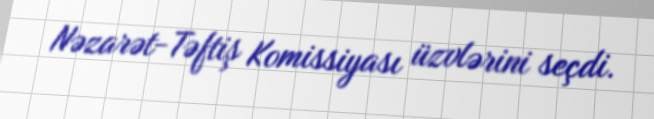
Nəzarət-Təftiş Komissiyası üzvlərini seçdi.